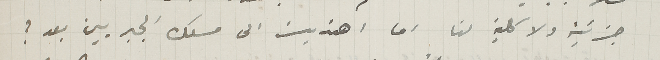
جزئية ولا كلية لنا اما اهتديت الى مسلك الجبريين بعد؟